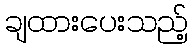
ချထားပေးသည့်